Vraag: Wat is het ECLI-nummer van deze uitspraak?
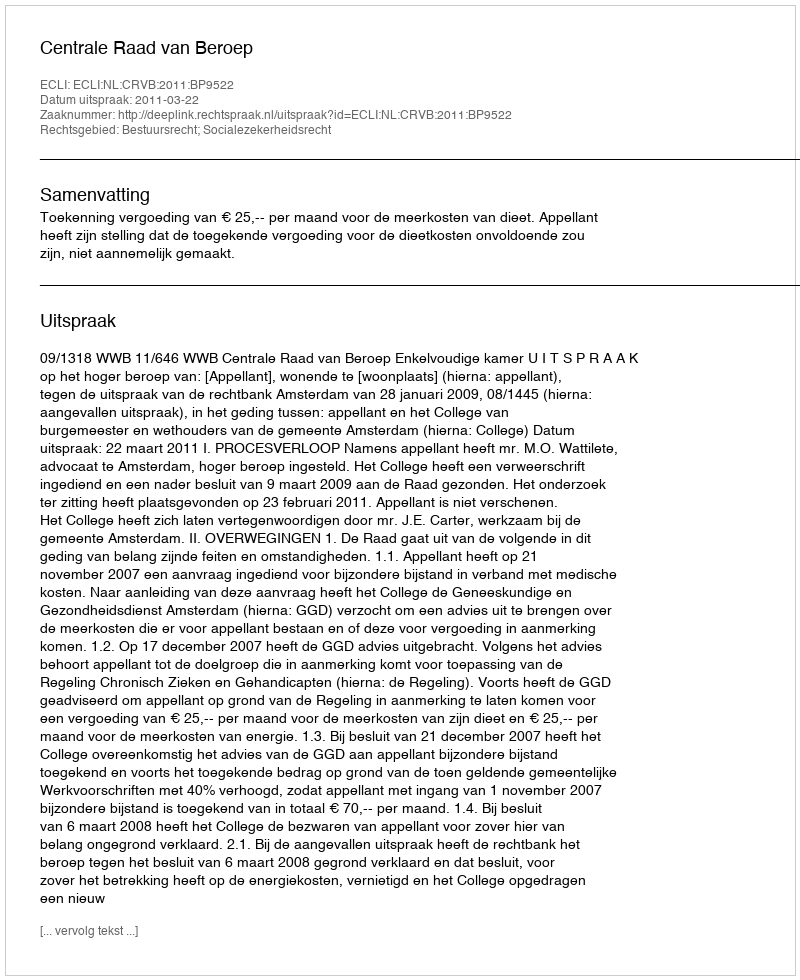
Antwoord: ECLI:NL:CRVB:2011:BP9522